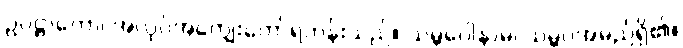
ဥပဋ္ဌာကော၊ အလုပ်အကျွေးတော်ရဟန်းသည်။ သမ္ဘဝေါနာမ၊ သမ္ဘဝအမည်ရှိ၏။